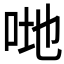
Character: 哋